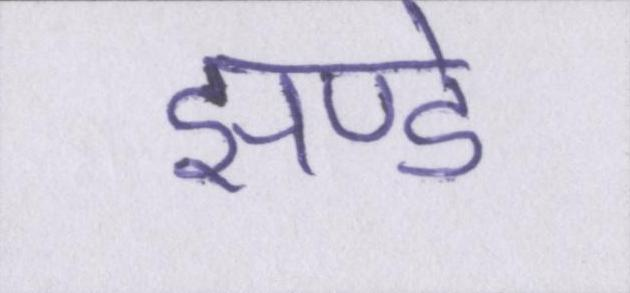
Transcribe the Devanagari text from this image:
झण्डे